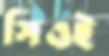
সিওই